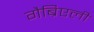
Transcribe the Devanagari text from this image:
गैब्रिएली